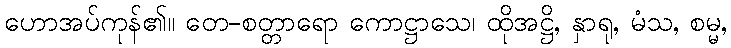
ဟောအပ်ကုန်၏။ တေ-စတ္တာရော ကောဋ္ဌာသေ၊ ထိုအဋ္ဌိ, နှာရု, မံသ, စမ္မ,